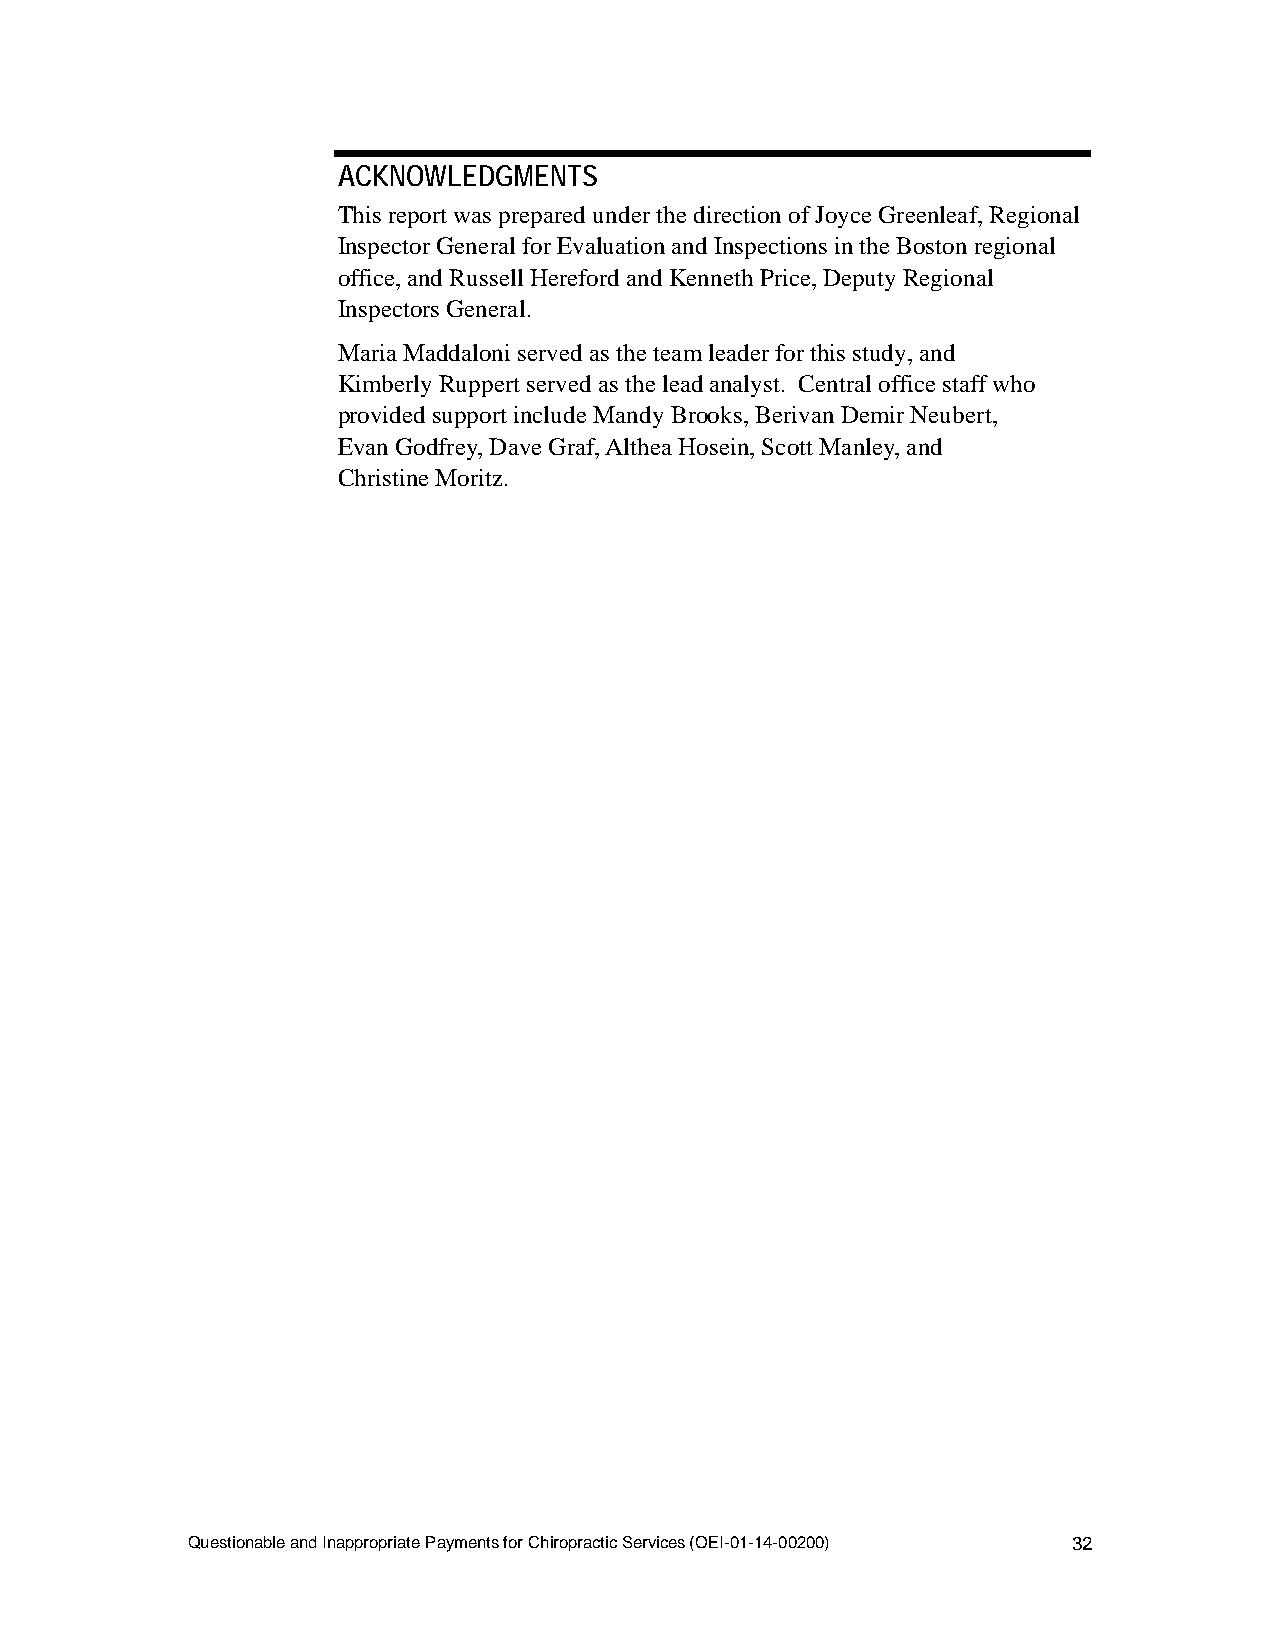
ACKNOWLEDGMENTS
 This report was prepared under the direction of Joyce Greenleaf, Regional
 Inspector General for Evaluation and Inspections in the Boston regional
 office, and Russell Hereford and Kenneth Price, Deputy Regional
 Inspectors General.
 Maria Maddaloni served as the team leader for this study, and
 Kimberly Ruppert served as the lead analyst. Central office staff who
 provided support include Mandy Brooks, Berivan Demir Neubert,
 Evan Godfrey, Dave Graf, Althea Hosein, Scott Manley, and
 Christine Moritz.
 Questionable and Inappropriate Payments for Chiropractic Services (OEI-01-14-00200) 32